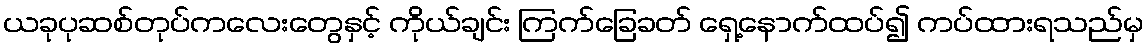
ယခုပုဆစ်တုပ်ကလေးတွေနှင့် ကိုယ်ချင်း ကြက်ခြေခတ် ရှေ့နောက်ထပ်၍ ကပ်ထားရသည်မှ